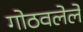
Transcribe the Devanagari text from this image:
गोठवलेले